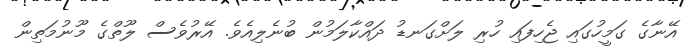
އޭނާގެ ގަމީހުގައި ޖެހިފައި ހުރި ލަށްގަނޑު ދައްކާލަމުން ބުނެލިއެވެ. އޭރުވެސް ލޫތްގެ މޫނުމަތިން